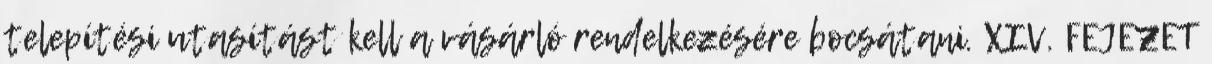
telepítési utasítást kell a vásárló rendelkezésére bocsátani. XIV. FEJEZET